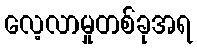
လေ့လာမှုတစ်ခုအရ